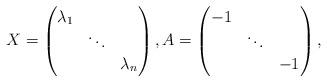
LaTeX: \begin{align*} X = \left( \begin{matrix} \lambda_1 & & \\ & \ddots & \\ & & \lambda_n \end{matrix} \right), A = \left( \begin{matrix} -1 & & \\ & \ddots & \\ & & -1 \end{matrix} \right), \end{align*}